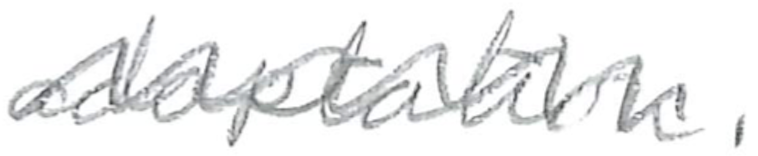
Text: adaptation.
Cross-out: wave
Writing tool: pencil